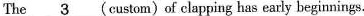
The \underline{3} (custom) of clapping has early beginnings.